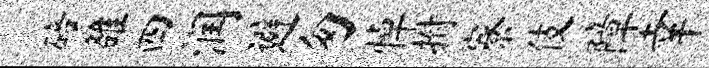
碚雒四润避匆悼拊寮伎障幸